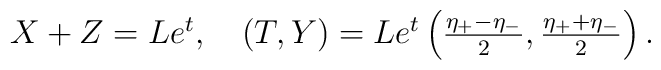
\begin{array}{l}X+Z=Le^{t}, \quad (T,Y)=Le^{t}\left(\frac{\eta_{+}-\eta_{-}}{2},\frac{\eta_{+}+\eta_{-}}{2}\right).\end{array}